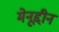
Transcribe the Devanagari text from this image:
मेनूद्दीन